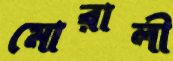
মোরালী